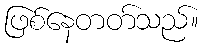
ဖြစ်နေတတ်သည်။